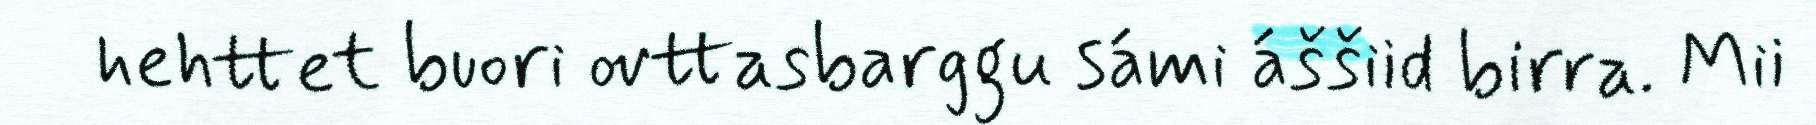
hehttet buori ovttasbarggu sámi áššiid birra. Mii